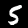
Label: 5